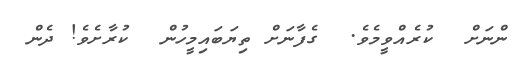
ންނަށް  ކުރެއްވީމެވެ.  ގެފާނަށް ތިޔަބައިމީހުން  ކުރާށެވެ! ދެން